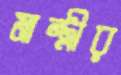
মান্ত্রীর